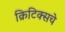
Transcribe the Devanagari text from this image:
क्रिटिक्सचे